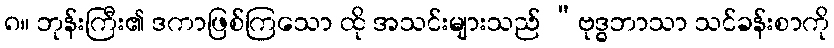
၈။ ဘုန်းကြီး၏ ဒကာဖြစ်ကြသော ထို အသင်းများသည် “ဗုဒ္ဓဘာသာ သင်ခန်းစာကို